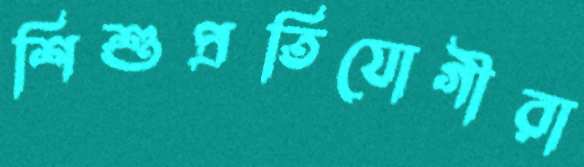
শিশুপ্রতিযোগীরা